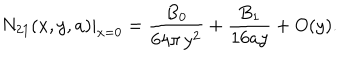
N _ { 2 1 } ( x , y , a ) | _ { x = 0 } = \frac { B _ { 0 } } { 6 4 \pi \, y ^ { 2 } } + \frac { B _ { 1 } } { 1 6 a y } + O ( y ) .